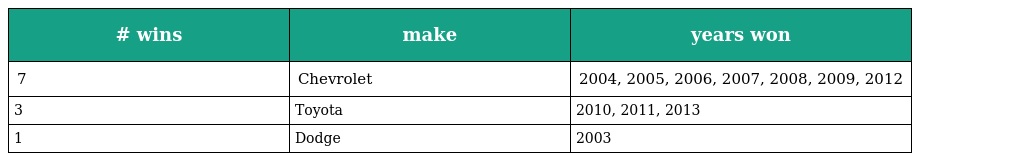
| # wins | make | years won |
 | --- | --- | --- |
 | 7 | Chevrolet | 2004, 2005, 2006, 2007, 2008, 2009, 2012 |
 | 3 | Toyota | 2010, 2011, 2013 |
 | 1 | Dodge | 2003 |